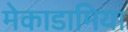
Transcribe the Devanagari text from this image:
मेकाडामिया